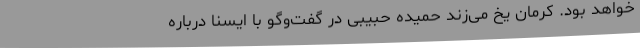
خواهد بود. کرمان یخ می‌زند حمیده حبیبی در گفت‌وگو با ایسنا درباره